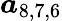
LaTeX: \boldsymbol{a}_{8,7,6}